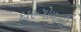
દારૂગોળાની